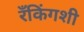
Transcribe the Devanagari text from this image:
रँकिंगशी